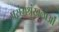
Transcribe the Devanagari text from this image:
प्रसंगश्रृंखलाओं